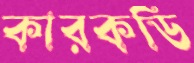
কারকডি